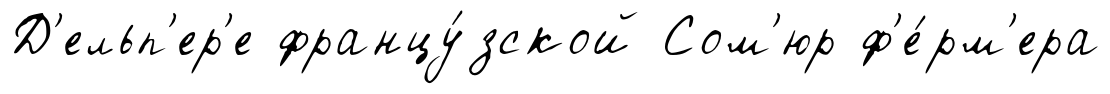
Д'ельп'ер'е францу́зской Сом'юр ф'е́рм'ера